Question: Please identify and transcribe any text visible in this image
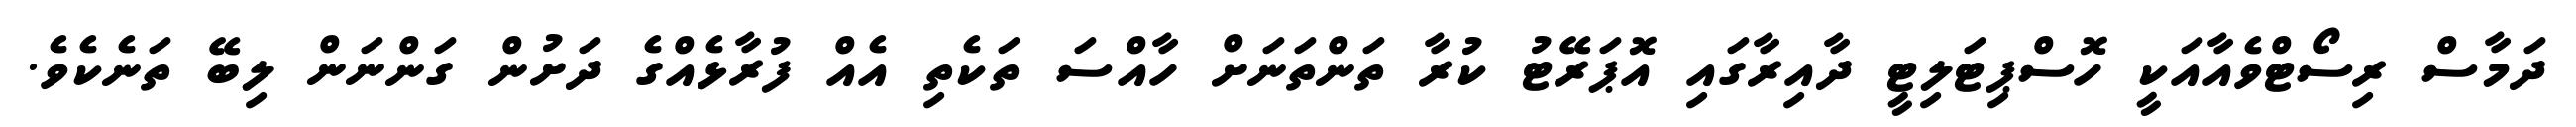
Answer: ދަމާސް ރިސޯޓްވެއާއަކީ ހޮސްޕިޓަލިޓީ ދާއިރާގައި އޮޕަރޭޓު ކުރާ ތަންތަނަށް ހާއްސަ ތަކެތި އެއް ފުރާޅެއްގެ ދަށުން ގަންނަން ލިބޭ ތަނެކެވެ.